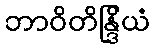
ဘာဝိတိန္ဒြိယံ